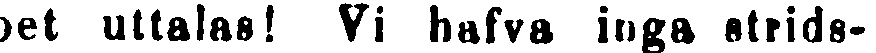
pet uttalas! Vi hafva inga strids-